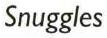
Snuggles